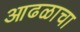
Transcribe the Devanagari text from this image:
आढळाचा